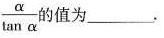
\frac{\alpha}{\tan \alpha } 的值为___.